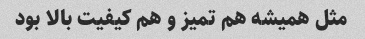
مثل همیشه هم تمیز و هم کیفیت بالا بود